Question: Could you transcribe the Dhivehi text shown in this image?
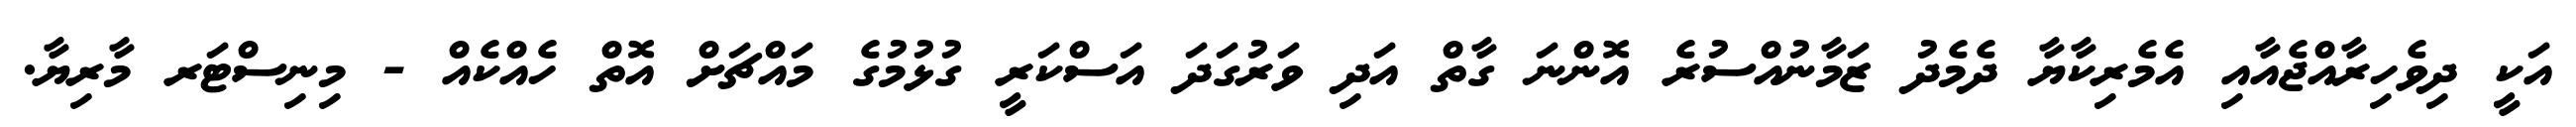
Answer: އަކީ ދިވެހިރާއްޖެއާއި އެމެރިކާޔާ ދެމެދު ޒަމާނުއްސުރެ އޮންނަ ގާތް އަދި ވަރުގަދަ އަސްކަރީ ގުޅުމުގެ މައްޗަށް އޮތް ހެއްކެއް - މިނިސްޓަރ މާރިޔާ.